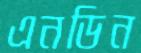
এনডিন